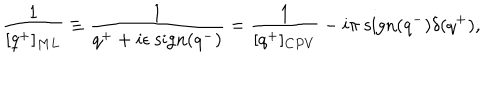
{ \frac { 1 } { [ q ^ { + } ] _ { M L } } } \equiv { \frac { 1 } { q ^ { + } + i \epsilon \ \mathrm { s i g n } ( q ^ { - } ) } } = { \frac { 1 } { [ q ^ { + } ] _ { C P V } } } - i \pi \ \mathrm { s i g n } ( q ^ { - } ) \delta ( q ^ { + } ) ,